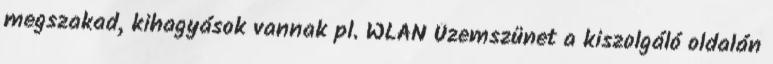
megszakad, kihagyások vannak pl. WLAN Üzemszünet a kiszolgáló oldalán